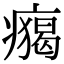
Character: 𤺐